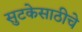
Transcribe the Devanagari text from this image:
सुटकेसाठीचे